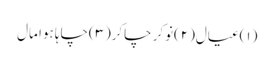
(۱)عیال(۲)نوکر چاکر(۳)چاہا ہوا مال